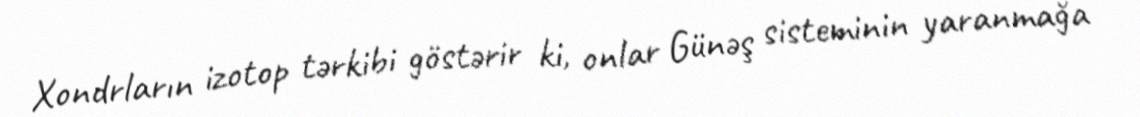
Xondrların izotop tərkibi göstərir ki, onlar Günəş sisteminin yaranmağa